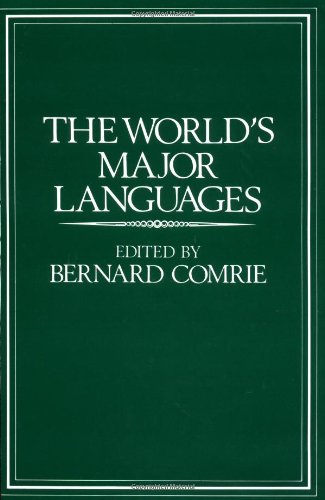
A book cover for The World's Major Languages; Reference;